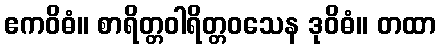
ဧကဝိဓံ။ စာရိတ္တဝါရိတ္တဝသေန ဒုဝိဓံ။ တထာ